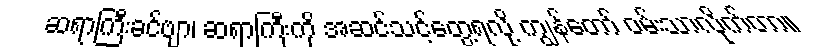
ဆရာကြီးခင်ဗျာ၊ ဆရာကြီးကို အဆင်သင့်တွေ့ရလို့ ကျွန်တော် ဝမ်းသာလိုက်တာ။